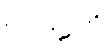
ကာဠကံ